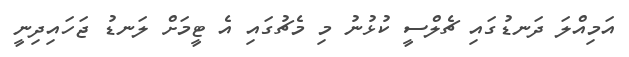
އަމިއްލަ ދަނޑުގައި ޗެލްސީ ކުޅުނު މި މެޗުގައި އެ ޓީމަށް ލަނޑު ޖަހައިދިނީ